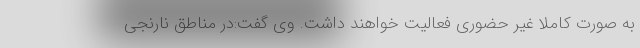
به صورت کاملا غیر حضوری فعالیت خواهند داشت. وی گفت:در مناطق نارنجی